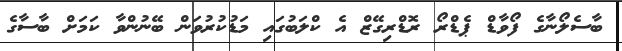
ބާސެލޯނާގެ ފޯވާޑް ޕެޑްރޯ ރޮޑްރިގޭޒް އެ ކްލަބުގައި މަޑުކުރުވަން ބޭނުންވާ ކަމަށް ބާސާގެ